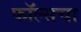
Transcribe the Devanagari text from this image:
फॉल्सचा